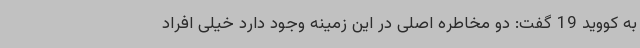
به کووید 19 گفت: دو مخاطره اصلی در این زمینه وجود دارد خیلی افراد